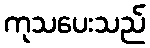
ကုသပေးသည်